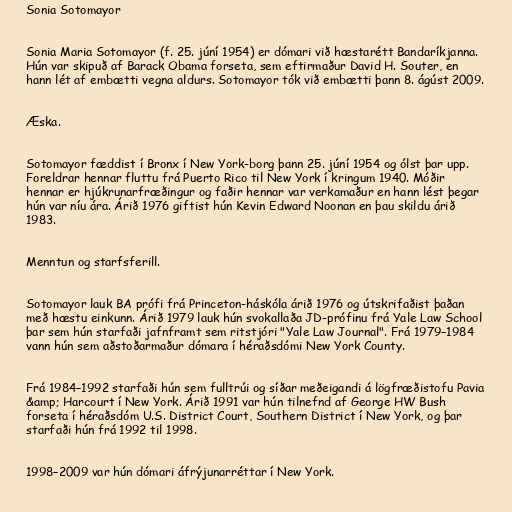
Sonia Sotomayor

Sonia Maria Sotomayor (f. 25. júní 1954) er dómari við hæstarétt Bandaríkjanna.
Hún var skipuð af Barack Obama forseta, sem eftirmaður David H. Souter, en
hann lét af embætti vegna aldurs. Sotomayor tók við embætti þann 8. ágúst 2009.

Æska.

Sotomayor fæddist í Bronx í New York-borg þann 25. júní 1954 og ólst þar upp.
Foreldrar hennar fluttu frá Puerto Rico til New York í kringum 1940. Móðir
hennar er hjúkrunarfræðingur og faðir hennar var verkamaður en hann lést þegar
hún var níu ára. Árið 1976 giftist hún Kevin Edward Noonan en þau skildu árið
1983.

Menntun og starfsferill.

Sotomayor lauk BA prófi frá Princeton-háskóla árið 1976 og útskrifaðist þaðan
með hæstu einkunn. Árið 1979 lauk hún svokallaða JD-prófinu frá Yale Law School
þar sem hún starfaði jafnframt sem ritstjóri "Yale Law Journal". Frá 1979–1984
vann hún sem aðstoðarmaður dómara í héraðsdómi New York County.

Frá 1984–1992 starfaði hún sem fulltrúi og síðar meðeigandi á lögfræðistofu Pavia
&amp; Harcourt í New York. Árið 1991 var hún tilnefnd af George HW Bush
forseta í héraðsdóm U.S. District Court, Southern District í New York, og þar
starfaði hún frá 1992 til 1998.

1998–2009 var hún dómari áfrýjunarréttar í New York.